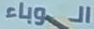
الوباء